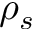
\rho _ { s }